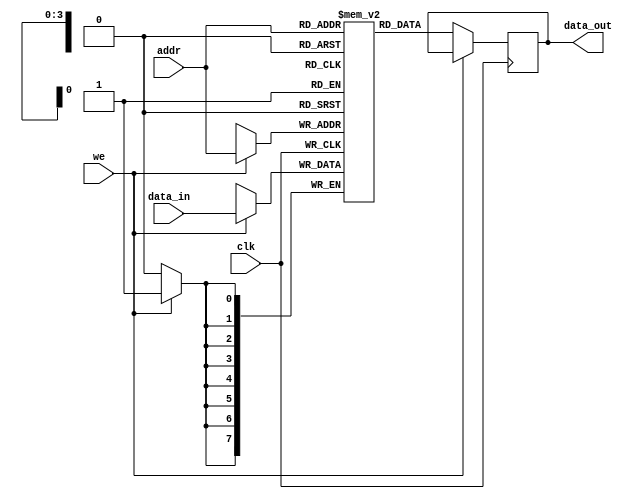
module single_port_ram #(
    parameter DATA_WIDTH = 8,  // Number of bits in each data word
    parameter ADDR_WIDTH = 4   // Number of address lines
)(
    input wire clk,             // Clock signal
    input wire we,              // Write enable signal
    input wire [ADDR_WIDTH-1:0] addr, // Address input
    input wire [DATA_WIDTH-1:0] data_in, // Input data bus
    output reg [DATA_WIDTH-1:0] data_out // Output data bus
);

    // Memory declaration
    reg [DATA_WIDTH-1:0] ram_memory [0:(1 << ADDR_WIDTH) - 1];

    // Read and write operations
    always @(posedge clk) begin
        if (we) begin
            // Write operation
            ram_memory[addr] <= data_in;
        end else begin
            // Read operation
            data_out <= ram_memory[addr];
        end
    end

    // Optional: Asynchronous reset can be added here if required
    // If needed, you can implement a reset mechanism to initialize the RAM

endmodule